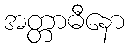
အတ္တာဓီနော